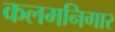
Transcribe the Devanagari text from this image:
कलमनिगार